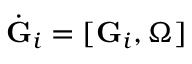
\dot { \bf G } _ { i } = [ { \bf G } _ { i } , { \boldsymbol \Omega } ]